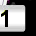
Digit: 1